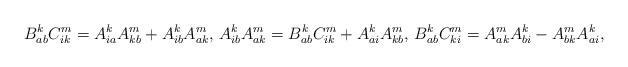
LaTeX: \begin{align*} B_{ab}^kC_{ik}^m=A_{ia}^kA_{kb}^m+A_{ib}^kA_{ak}^m,\,A_{ib}^kA_{ak}^m=B_{ab}^kC_{ik}^m+A_{ai}^kA_{kb}^m,\, B_{ab}^kC_{ki}^m=A_{ak}^mA_{bi}^k-A_{bk}^mA_{ai}^k,\end{align*}